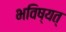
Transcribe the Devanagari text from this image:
भविष्यत्‌